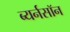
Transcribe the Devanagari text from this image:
ब्यर्नसॉन